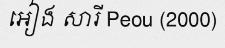
អៀង សារី Peou (2000)